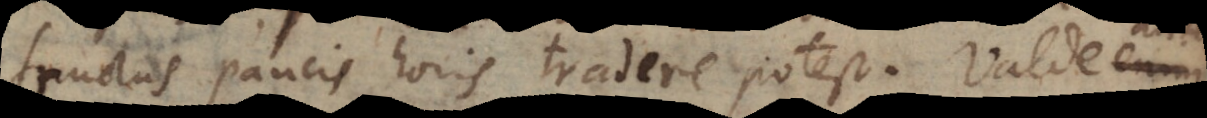
fructus paucis horis tradere potest. Valde autem